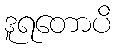
ဒူရတောပိ